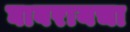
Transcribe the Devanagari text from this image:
घाबरायचा